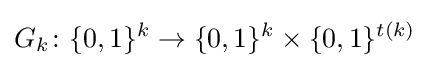
G_{k}\colon \{0,1\}^{k}\to \{0,1\}^{k}\times \{0,1\}^{t(k)}